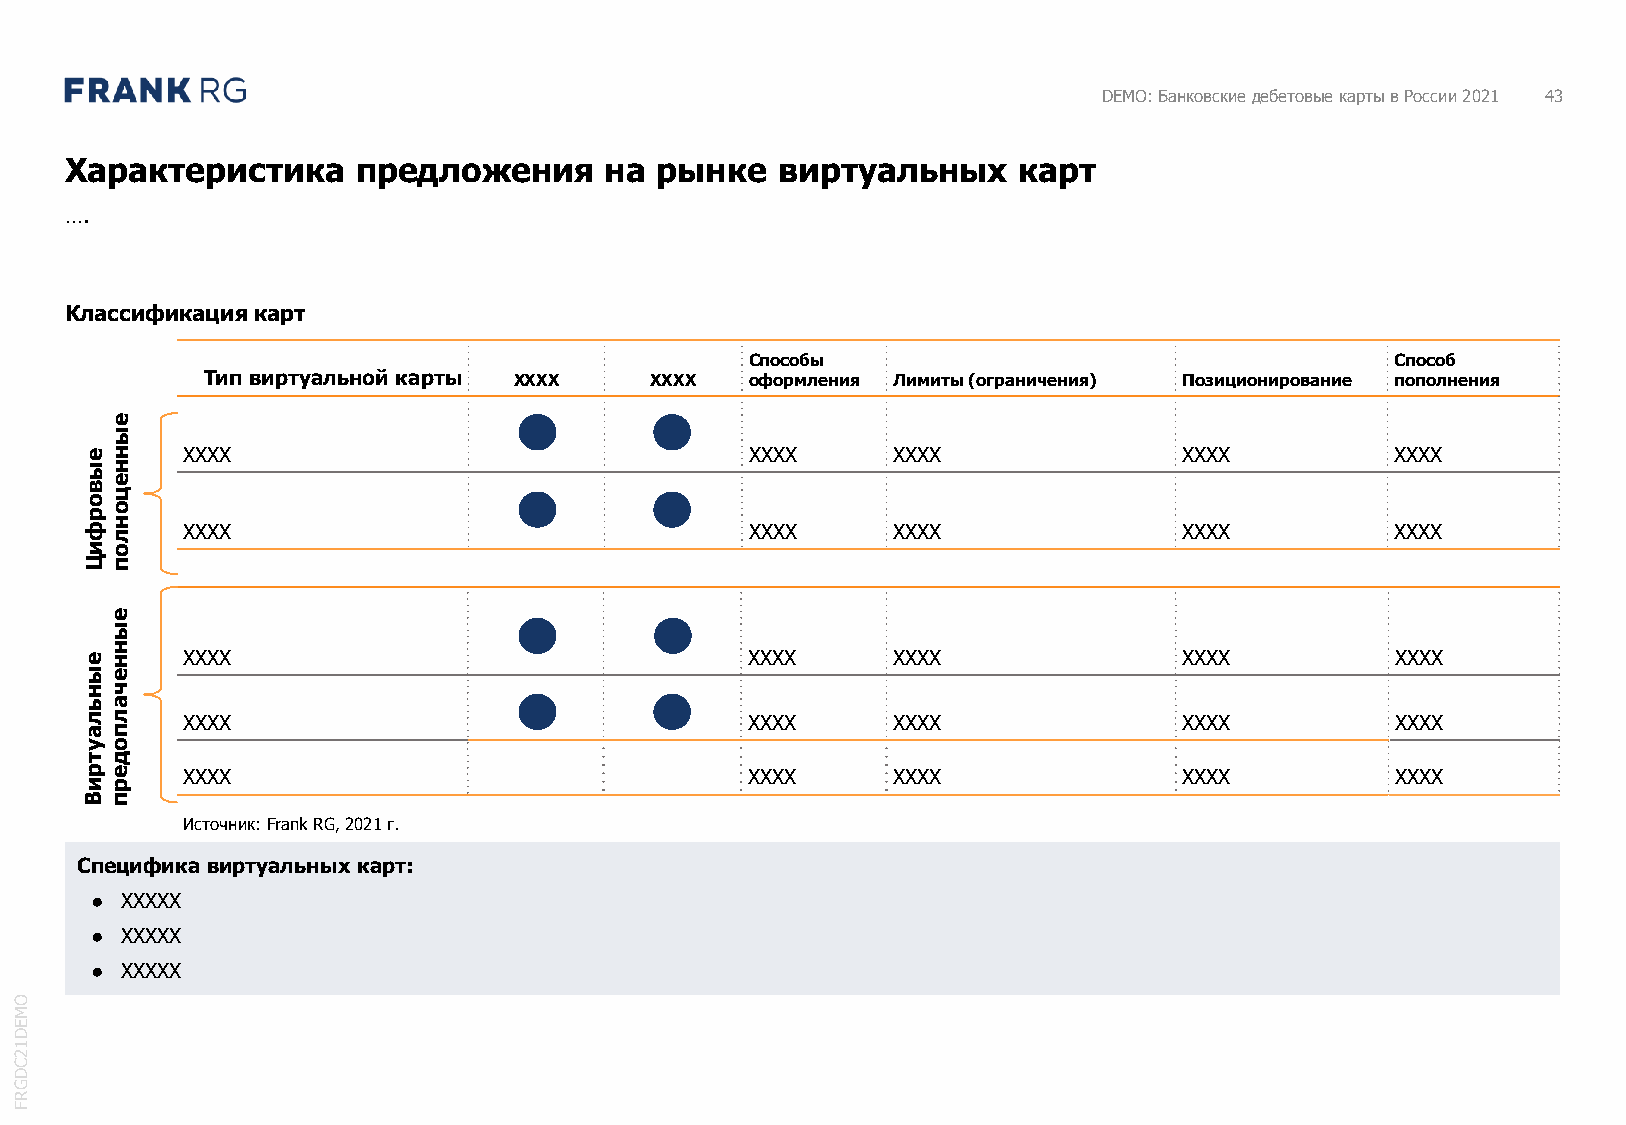
DEMO: Банковские дебетовые карты в России 2021 43
 Характеристика      предложения     на рынке   виртуальных     карт
 ….
 Классификация карт
 Способы                                   Способ
 Тип виртуальной карты XXXX    XXXX   оформления Лимиты (ограничения) Позиционирование пополнения
 е
 ы
 ен    XXXX                                  XXXX     XXXX               XXXX          XXXX
 ын
 ве
 ц
 о
 ро
 фн
 XXXX                                  XXXX     XXXX               XXXX          XXXX
 л
 ио
 Цп
 е
 ы
 ен
 н    XXXX                                 XXXX      XXXX               XXXX          XXXX
 ые
 нч
 ьа
 лл    XXXX                                 XXXX      XXXX               XXXX          XXXX
 ап
 уо
 тд
 ре    XXXX                                 XXXX      XXXX               XXXX          XXXX
 ир
 Вп
 Источник: Frank RG, 2021г.
 Специфика виртуальных карт:
 ● XXXXX
 ● XXXXX
 ● XXXXX
 O
 M
 E
 D
 1
 2
 C
 D
 G
 R
 F